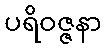
ပရိဝဇ္ဇနာ